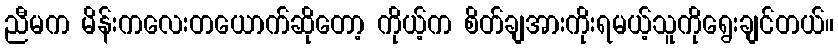
ညီမက မိန်းကလေးတယောက်ဆိုတော့ ကိုယ့်က စိတ်ချအားကိုးရမယ့်သူကိုရွေးချင်တယ်။